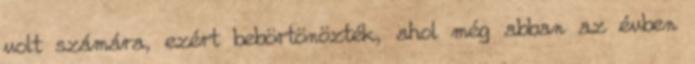
volt számára, ezért bebörtönözték, ahol még abban az évben